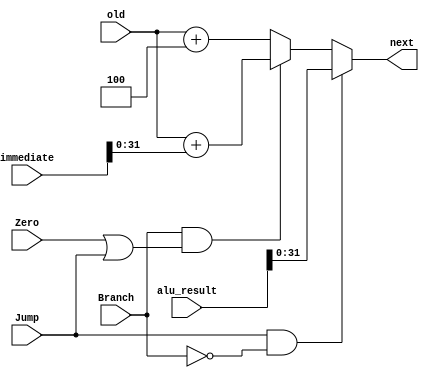
`timescale 1ns / 1ps

module next_pc(
  input Jump,
  input Branch,
  input Zero,
  input [31:0] old,
  input [63:0] alu_result,
  input [63:0] immediate,
  output reg [31:0] next
);

  reg [31:0] new;
  reg [63:0] origin;
  reg [63:0] jump;

  initial begin
    next = 32'b0;
    origin = 64'b0;
  end

  always @(old) begin
    new = old + 4;
    origin = {32'b0, old[31:0]};
  end

  always @(immediate, origin) begin
    jump = origin + immediate;
  end

  always @(new,Branch,Zero,Jump,jump,alu_result) begin
    // assign next program counter value
    if (Branch == 1 & (Zero == 1 | Jump == 1)) begin
      next = jump[31:0];
    end else begin
      next = new;
    end
    if (Jump == 1 & Branch == 0) begin
      next = alu_result[31:0];
    end
    
    // $display("origin = 0x%H", origin);
    // $display("jump = 0x%H", jump);
    // $display("next = 0x%H", next);
  end

endmodule